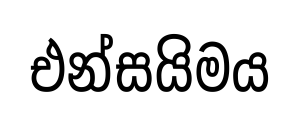
එන්සයිමය